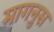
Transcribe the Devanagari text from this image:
मागनुस